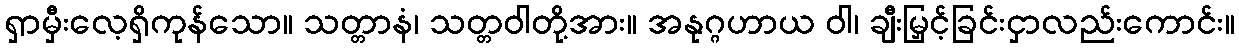
ရှာမှီးလေ့ရှိကုန်သော။ သတ္တာနံ၊ သတ္တဝါတို့အား။ အနုဂ္ဂဟာယ ဝါ၊ ချီးမြှင့်ခြင်းငှာလည်းကောင်း။